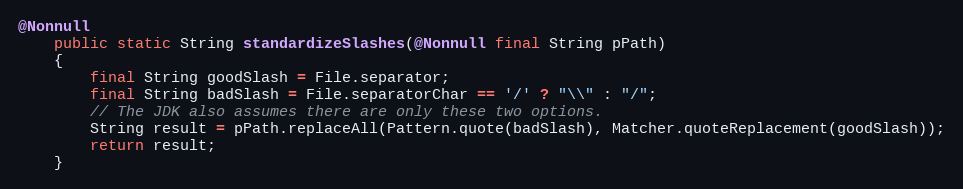
Language: Java
@Nonnull
    public static String standardizeSlashes(@Nonnull final String pPath)
    {
        final String goodSlash = File.separator;
        final String badSlash = File.separatorChar == '/' ? "\\" : "/";
        // The JDK also assumes there are only these two options.
        String result = pPath.replaceAll(Pattern.quote(badSlash), Matcher.quoteReplacement(goodSlash));
        return result;
    }